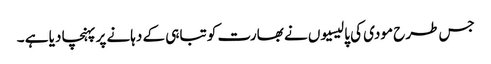
جس طرح مودی کی پالیسیوں نے بھارت کو تباہی کے دہانے پر پہنچا دیا ہے ۔